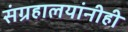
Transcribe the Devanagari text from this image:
संग्रहालयांनीही